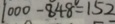
1 0 0 0 - 8 4 8 = 1 5 2